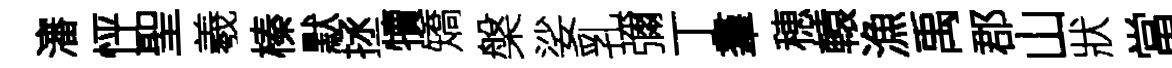
瀋怦聖羲榛默拯犢矯槃娑乳彌丁羣穂轅漁禹郡山狀當